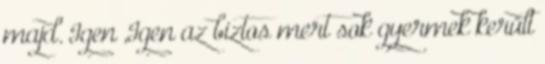
majd. Igen ,Igen az biztos mert sok gyermek került